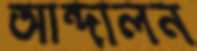
আন্দালন